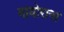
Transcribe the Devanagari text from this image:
मायोराना